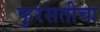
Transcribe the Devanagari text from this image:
फुरसतीचा